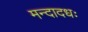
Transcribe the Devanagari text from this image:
मन्दादधः